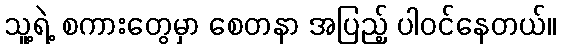
သူ့ရဲ့ စကားတွေမှာ စေတနာ အပြည့် ပါဝင်နေတယ်။